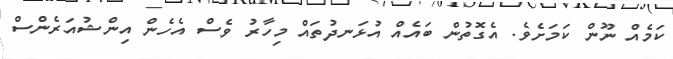
ކަމެއް ނޫން ކަމަށެވެ. އެގޮތުން ބައެއް އުޅަނދުތައް މިހާރު ވެސް އެހެން އިންޝުއަރެންސް